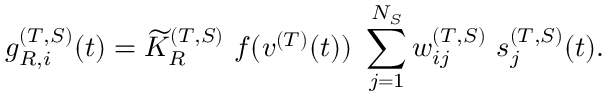
g _ { R , i } ^ { ( T , S ) } ( t ) = { \widetilde K } _ { R } ^ { ( T , S ) } ~ f ( v ^ { ( T ) } ( t ) ) ~ \sum _ { j = 1 } ^ { N _ { S } } w _ { i j } ^ { ( T , S ) } ~ s _ { j } ^ { ( T , S ) } ( t ) .